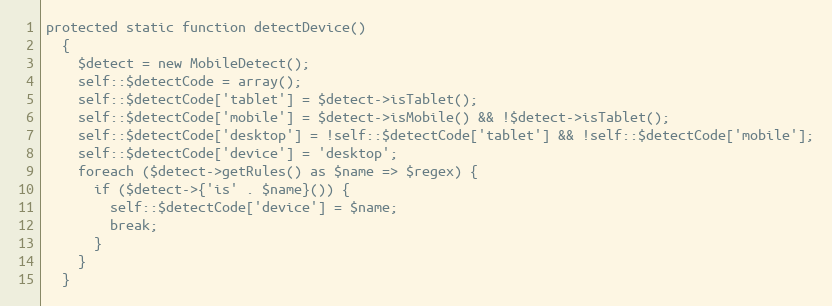
Language: PHP
protected static function detectDevice()
  {
    $detect = new MobileDetect();
    self::$detectCode = array();
    self::$detectCode['tablet'] = $detect->isTablet();
    self::$detectCode['mobile'] = $detect->isMobile() && !$detect->isTablet();
    self::$detectCode['desktop'] = !self::$detectCode['tablet'] && !self::$detectCode['mobile'];
    self::$detectCode['device'] = 'desktop';
    foreach ($detect->getRules() as $name => $regex) {
      if ($detect->{'is' . $name}()) {
        self::$detectCode['device'] = $name;
        break;
      }
    }
  }